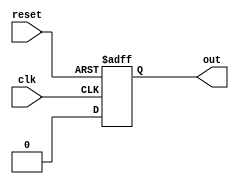
module ring_counter(
    input clk,
    input reset,
    output reg out
);

reg [3:0] count;

always @(posedge clk or posedge reset) begin
    if (reset) begin
        count <= 4'b0001;
    end else begin
        count <= count << 1;
    end
end

assign out = count[0];

endmodule